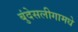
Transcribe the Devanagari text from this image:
बुंदेसलीगामधे